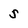
Character: S